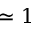
\simeq 1